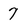
Character: 7